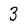
Character: 3